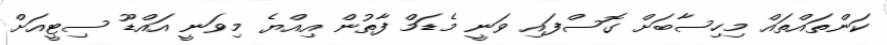
ކަންތައްތައް މިހިސާބަށް ގޮސްފައި ވަނީ މެޑަމް ފާތުން އިއްޔެ މިވަނީ އައްޑޫ ސިޓީއަށް